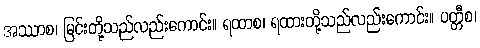
အဿာစ၊ မြင်းတို့သည်လည်းကောင်း။ ရထာစ၊ ရထားတို့သည်လည်းကောင်း။ ပတ္တီစ၊